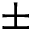
\pm